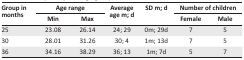
| <ROWSPAN=3> Group in months | <COLSPAN=2> Age range | <ROWSPAN=3> Average age m; d | <ROWSPAN=3> SD m; d | <COLSPAN=2> Number of children |
 | Min | Max | Female | Male |
 | --- | --- | --- | --- | --- | --- | --- |
 | 25 | 23.08 | 26.14 | 24; 29 | 0m; 29d | 7 | 5 |
 | 30 | 28.01 | 31.26 | 30; 4 | 1m; 13d | 7 | 5 |
 | 36 | 34.16 | 38.29 | 36; 13 | 1m; 7d | 5 | 7 |